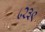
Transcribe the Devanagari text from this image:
८२३९